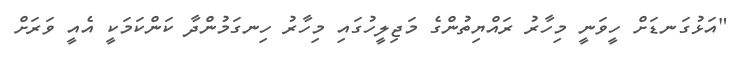
"އަޅުގަނޑަށް ހީވަނީ މިހާރު ރައްޔިތުންގެ މަޖިލީހުގައި މިހާރު ހިނގަމުންދާ ކަންކަމަކީ އެއީ ވަރަށް